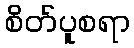
စိတ်ပူစရာ